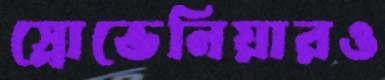
স্লোভেনিয়ারও